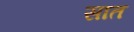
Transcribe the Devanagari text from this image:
सात